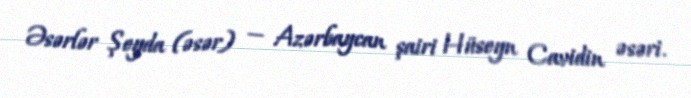
Əsərlər Şeyda (əsər) — Azərbaycan şairi Hüseyn Cavidin əsəri.